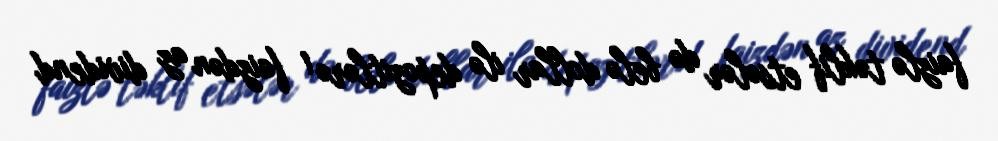
faizlə təklif etsələr də belə dollar ilə depozitlərə 1 faizdən az dividend